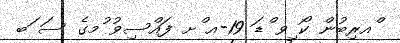
ްއރިބުން ކޯ ިވ ްޑަ 19-އ ްށ ފައްސިވު ުމގެ ސަ ަބ